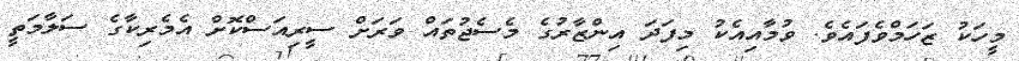
މީހަކު ޒަހަމްވެފައެވެ. ވުމާއިއެކު މިފަދަ އިންޒާރުގެ މެސެޖުތައް ވަރަށް ސީރިއަސްކޮށް އެމެރިކާގެ ސަލާމަތީ